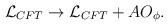
\begin{align*}{\cal L}_{CFT} \to {\cal L}_{CFT} + A O_{\phi}.\end{align*}